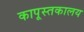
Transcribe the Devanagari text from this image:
कापूस्तकालय